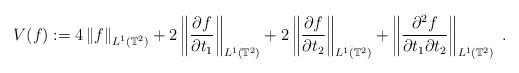
LaTeX: \begin{align*}V(f):=4\left\Vert f\right\Vert _{L^{1}\left( \mathbb{T}^{2}\right)}+2\left\Vert \frac{\partial f}{\partial t_{1}}\right\Vert _{L^{1}\left(\mathbb{T}^{2}\right) }+2\left\Vert \frac{\partial f}{\partial t_{2}}\right\Vert _{L^{1}\left( \mathbb{T}^{2}\right) }+\left\Vert \frac{\partial^{2}f}{\partial t_{1}\partial t_{2}}\right\Vert _{L^{1}\left(\mathbb{T}^{2}\right) }\;.\end{align*}